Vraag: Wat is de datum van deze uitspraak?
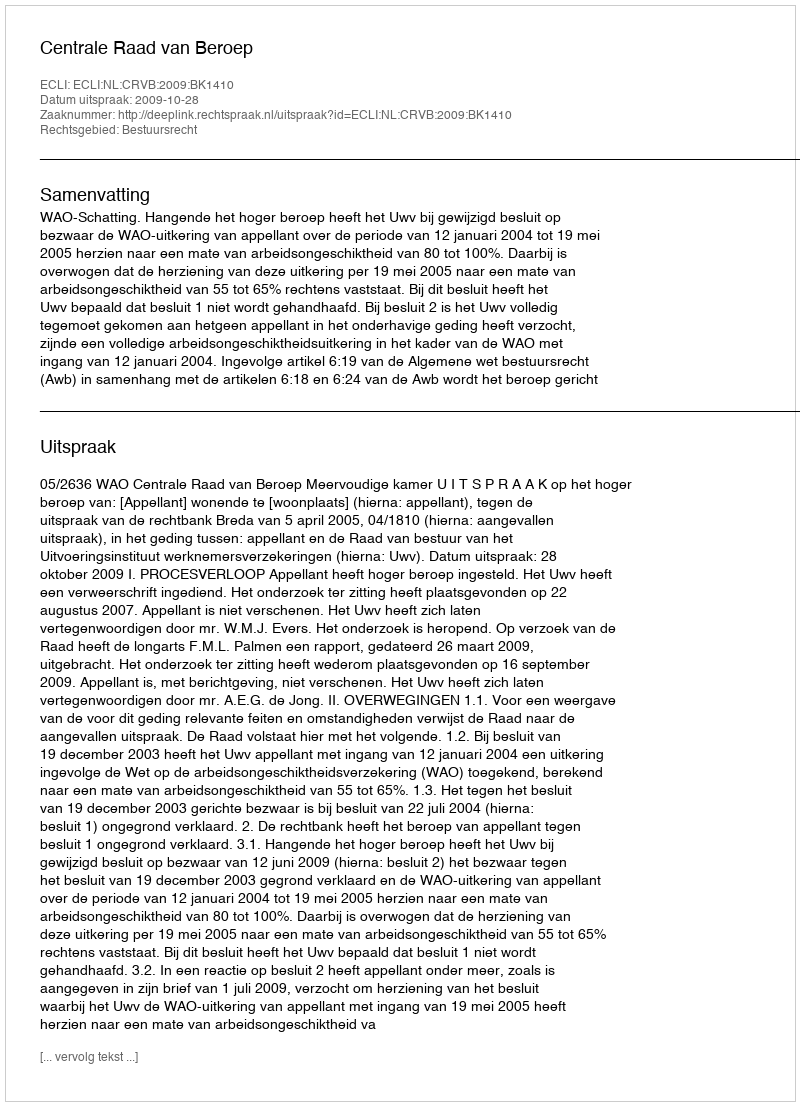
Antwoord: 2009-10-28